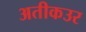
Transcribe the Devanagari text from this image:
अतीकउर